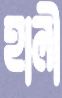
হালী